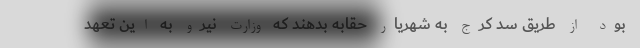
بود از طریق سد کرج به شهریار حقابه بدهند که وزارت نیرو به این تعهد